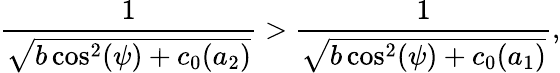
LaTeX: \frac{1}{\sqrt{b\cos^{2}(\psi)+c_{0}(a_{2})}}>\frac{1}{\sqrt{b\cos^{2}(\psi)+c_{0}(a_{1})}},